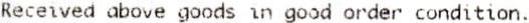
RECEIVED ABOVE GOODS IN GOOD ORDER CONDITION.